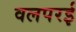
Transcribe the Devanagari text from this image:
वलपरई